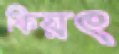
কিয়ৎ